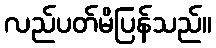
လည်ပတ်မိပြန်သည်။